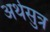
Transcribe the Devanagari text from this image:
अर्थसुत्र